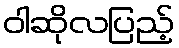
ဝါဆိုလပြည့်